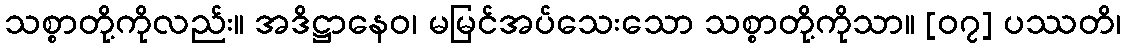
သစ္စာတို့ကိုလည်း။ အဒိဋ္ဌာနေဝ၊ မမြင်အပ်သေးသော သစ္စာတို့ကိုသာ။ [၀၇] ပဿတိ၊